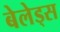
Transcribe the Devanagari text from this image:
बेलेड्स